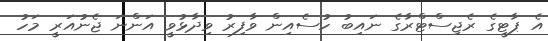
އެ ޕާޓީގެ ރެޖިސްޓްރާގެ ނައިބު ހުސެއިން ވާފިރު ވިދާޅުވީ އަންނަ ޖެނުއަރީ މަހު